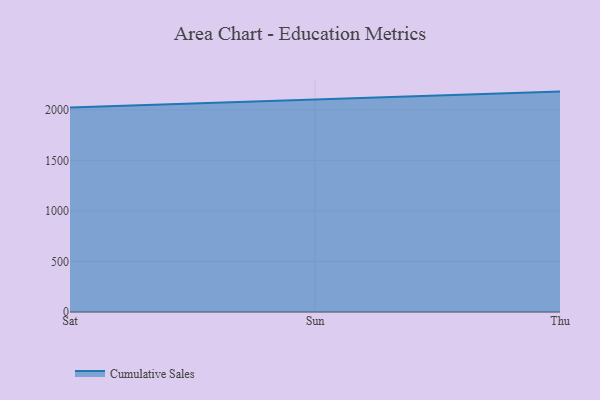
{"axis": {"x": "Day", "y": "Page Views"}, "legend": ["Cumulative Sales"], "data": [{"x": "Sat", "y": 2022.9, "type": "Cumulative Sales"}, {"x": "Sun", "y": 2100.8, "type": "Cumulative Sales"}, {"x": "Thu", "y": 2181.3, "type": "Cumulative Sales"}]}